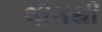
લીગથી